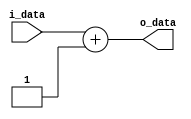
//???????????????????????????????????????

// add constant "4" [bytes] - address's size for any command
// 4bytes * 8bits/bytes = 32bits (architecture MIPS32) 
module sum4	(input		[31:0]	i_data,
		 output	reg	[31:0]	o_data);

	always @(*)
		o_data <= i_data + 1'b1; //???????????

endmodule